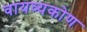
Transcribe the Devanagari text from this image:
वायव्यकोण